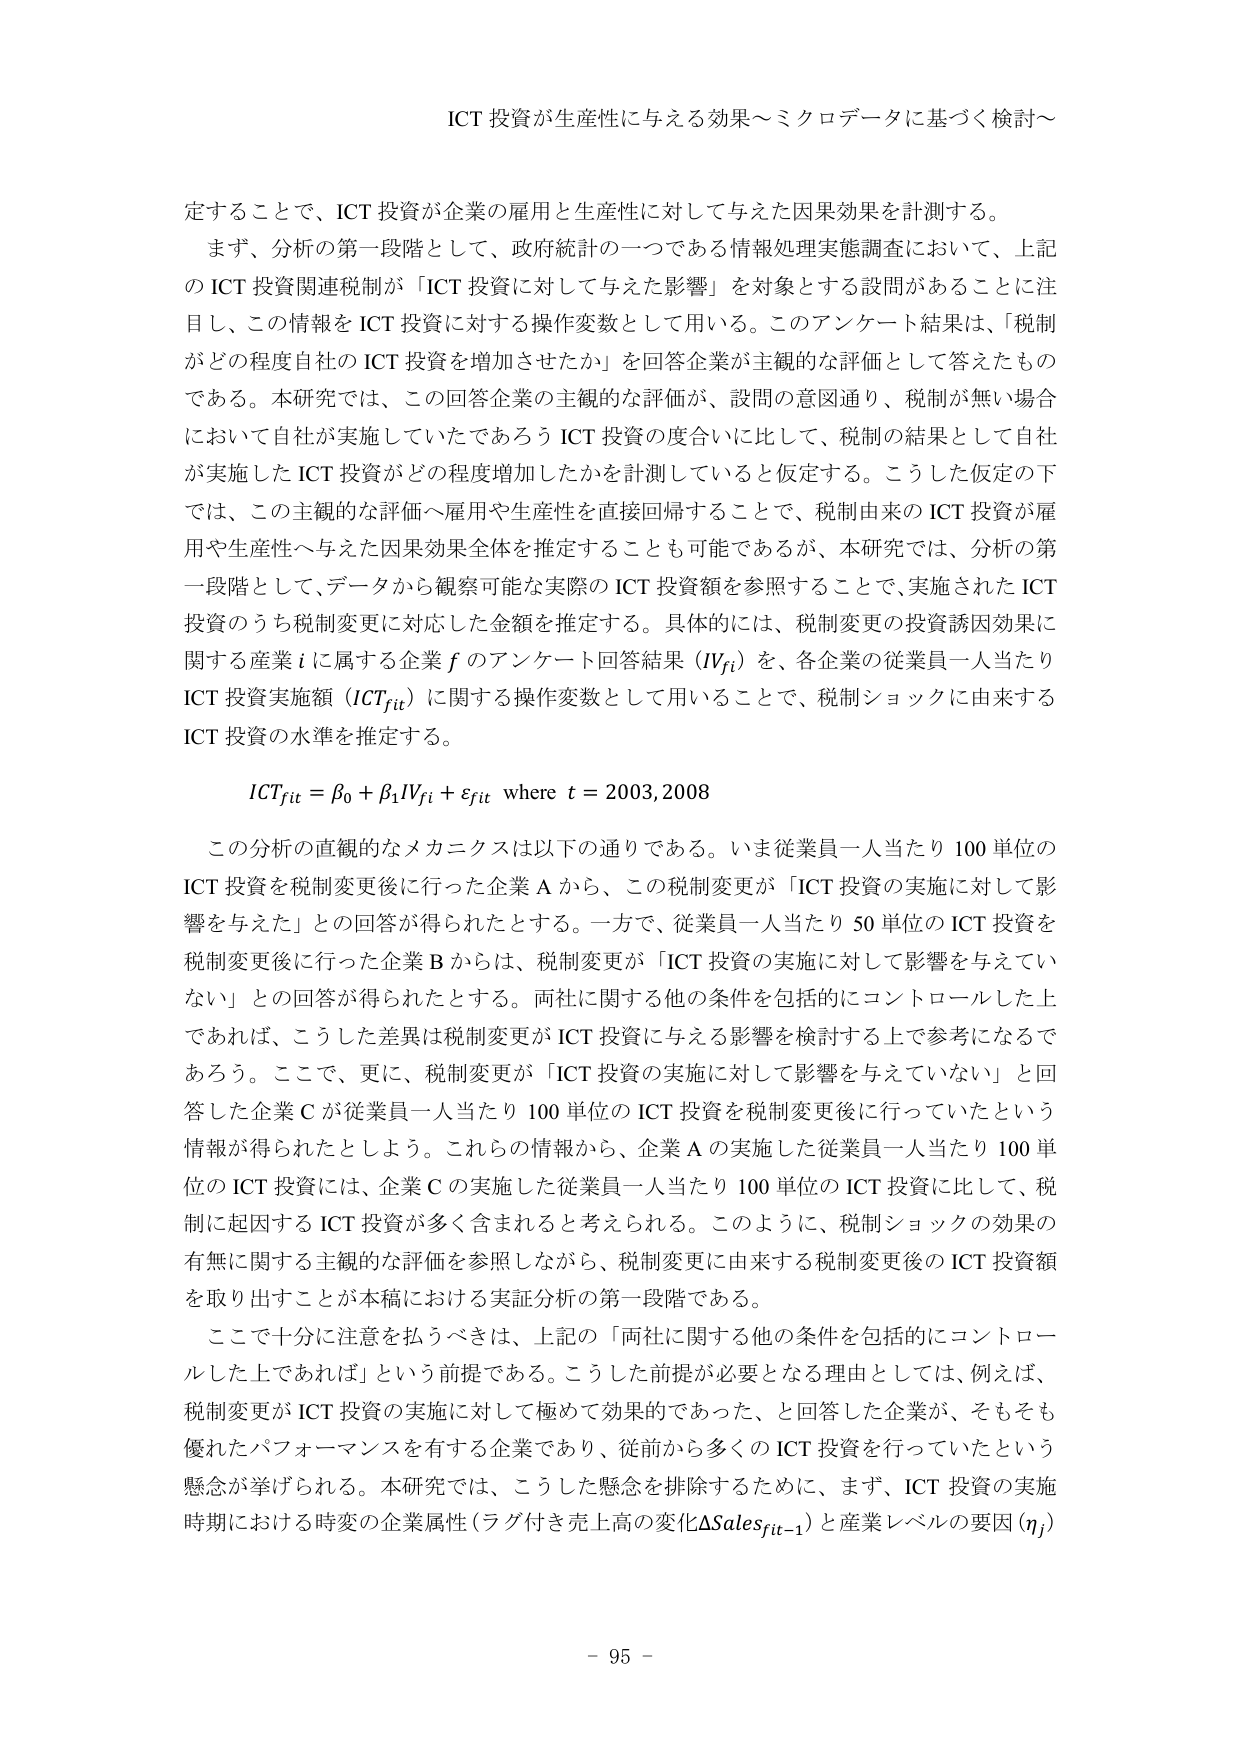
ICT 投資が生産性に与える効果～ミクロデータに基づく検討～

定することで、ICT 投資が企業の雇用と生産性に対して与えた因果効果を計測する。
まず、分析の第一段階として、政府統計の一つである情報処理実態調査において、上記
の ICT 投資関連税制が「ICT 投資に対して与えた影響」を対象とする設問があることに注
目し、この情報を ICT 投資に対する操作変数として用いる。このアンケート結果は、「税制
がどの程度自社の ICT 投資を増加させたか」を回答企業が主観的な評価として答えたもの
である。本研究では、この回答企業の主観的な評価が、設問の意図通り、税制が無い場合
において自社が実施していたであろう ICT 投資の度合いに比して、税制の結果として自社
が実施した ICT 投資がどの程度増加したかを計測していると仮定する。こうした仮定の下
では、この主観的な評価へ雇用や生産性を直接回帰することで、税制由来の ICT 投資が雇
用や生産性へ与えた因果効果全体を推定することも可能であるが、本研究では、分析の第
一段階として、データから観察可能な実際の ICT 投資額を参照することで、実施された ICT
投資のうち税制変更に対応した金額を推定する。具体的には、税制変更の投資誘因効果に
関する産業 i に属する企業 f のアンケート回答結果 (IVfi) を、各企業の従業員一人当たり
ICT 投資実施額 (ICTfit) に関する操作変数として用いることで、税制ショックに由来する
ICT 投資の水準を推定する。

ICTfit = β0 + β1IVfi + εfit where t = 2003,2008

この分析の直観的なメカニクスは以下の通りである。いま従業員一人当たり 100 単位の
ICT 投資を税制変更後に行った企業 A から、この税制変更が「ICT 投資の実施に対して影
響を与えた」との回答が得られたとする。一方で、従業員一人当たり 50 単位の ICT 投資を
税制変更後に行った企業 B からは、税制変更が「ICT 投資の実施に対して影響を与えてい
ない」との回答が得られたとする。両社に関する他の条件を包括的にコントロールした上
であれば、こうした差異は税制変更が ICT 投資に与える影響を検討する上で参考になるで
あろう。ここで、更に、税制変更が「ICT 投資の実施に対して影響を与えていない」と回
答した企業 C が従業員一人当たり 100 単位の ICT 投資を税制変更後に行っていたという
情報が得られたとしよう。これらの情報から、企業 A の実施した従業員一人当たり 100 単
位の ICT 投資には、企業 C の実施した従業員一人当たり 100 単位の ICT 投資に比して、税
制に起因する ICT 投資が多く含まれると考えられる。このように、税制ショックの効果の
有無に関する主観的な評価を参照しながら、税制変更に由来する税制変更後の ICT 投資額
を取り出すことが本稿における実証分析の第一段階である。

ここで十分に注意を払うべきは、上記の「両社に関する他の条件を包括的にコントロー
ルした上であれば」という前提である。こうした前提が必要となる理由としては、例えば、
税制変更が ICT 投資の実施に対して極めて効果的であった、と回答した企業が、そもそも
優れたパフォーマンスを有する企業であり、従前から多くの ICT 投資を行っていたという
懸念が挙げられる。本研究では、こうした懸念を排除するために、まず、ICT 投資の実施
時期における時変の企業属性（ラグ付き売上高の変化ΔSalesfit−1）と産業レベルの要因 (ηj)

- 95 -